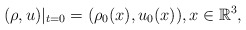
\begin{align*} (\rho,u)|_{t=0}=(\rho_0(x),u_0(x)),x\in \mathbb{R}^3,\end{align*}